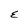
Character: E